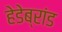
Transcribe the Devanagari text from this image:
हेडेब्रांड